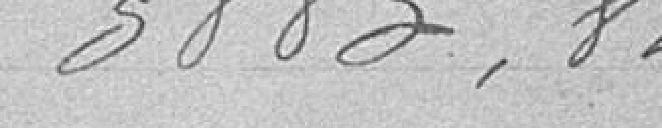
3.883,82